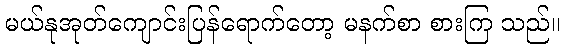
မယ်နုအုတ်ကျောင်းပြန်ရောက်တော့ မနက်စာ စားကြ သည်။